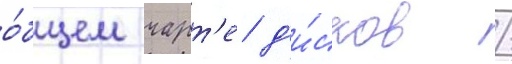
о́бщем чарт'е д'и́сков /